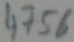
Text: 4756